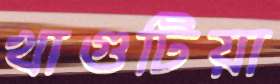
খাগুটিয়া